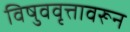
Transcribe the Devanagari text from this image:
विषुववृत्तावरून